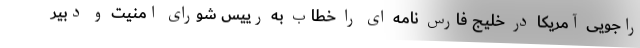
راجویی آمریکا در خلیج فارس نامه ای را خطاب به رییس شورای امنیت و دبیر